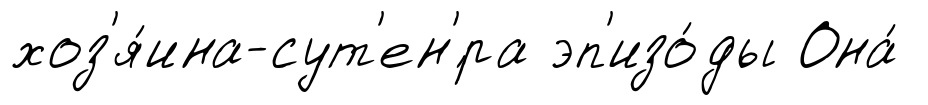
хоз'я́ина-сут'ен'́ра эп'изо́ды Она́